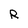
Character: R